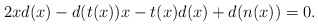
\begin{align*}2xd(x) -d(t(x))x - t(x)d(x) + d(n(x)) = 0.\end{align*}